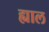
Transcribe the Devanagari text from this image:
ह्याल